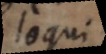
loqui